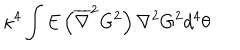
LaTeX: \kappa ^ { 4 } \int E \left( \overline { { { \nabla } } } ^ { 2 } G ^ { 2 } \right) \nabla ^ { 2 } G ^ { 2 } d ^ { 4 } \theta